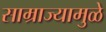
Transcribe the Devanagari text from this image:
साम्राज्यामुळे